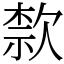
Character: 歀